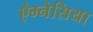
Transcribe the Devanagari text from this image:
ऐम्नेसिया